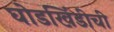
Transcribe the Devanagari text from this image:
घोडखिंडीची